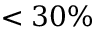
< 3 0 \%